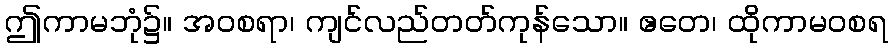
ဤကာမဘုံ၌။ အဝစရာ၊ ကျင်လည်တတ်ကုန်သော။ ဧတေ၊ ထိုကာမဝစရ